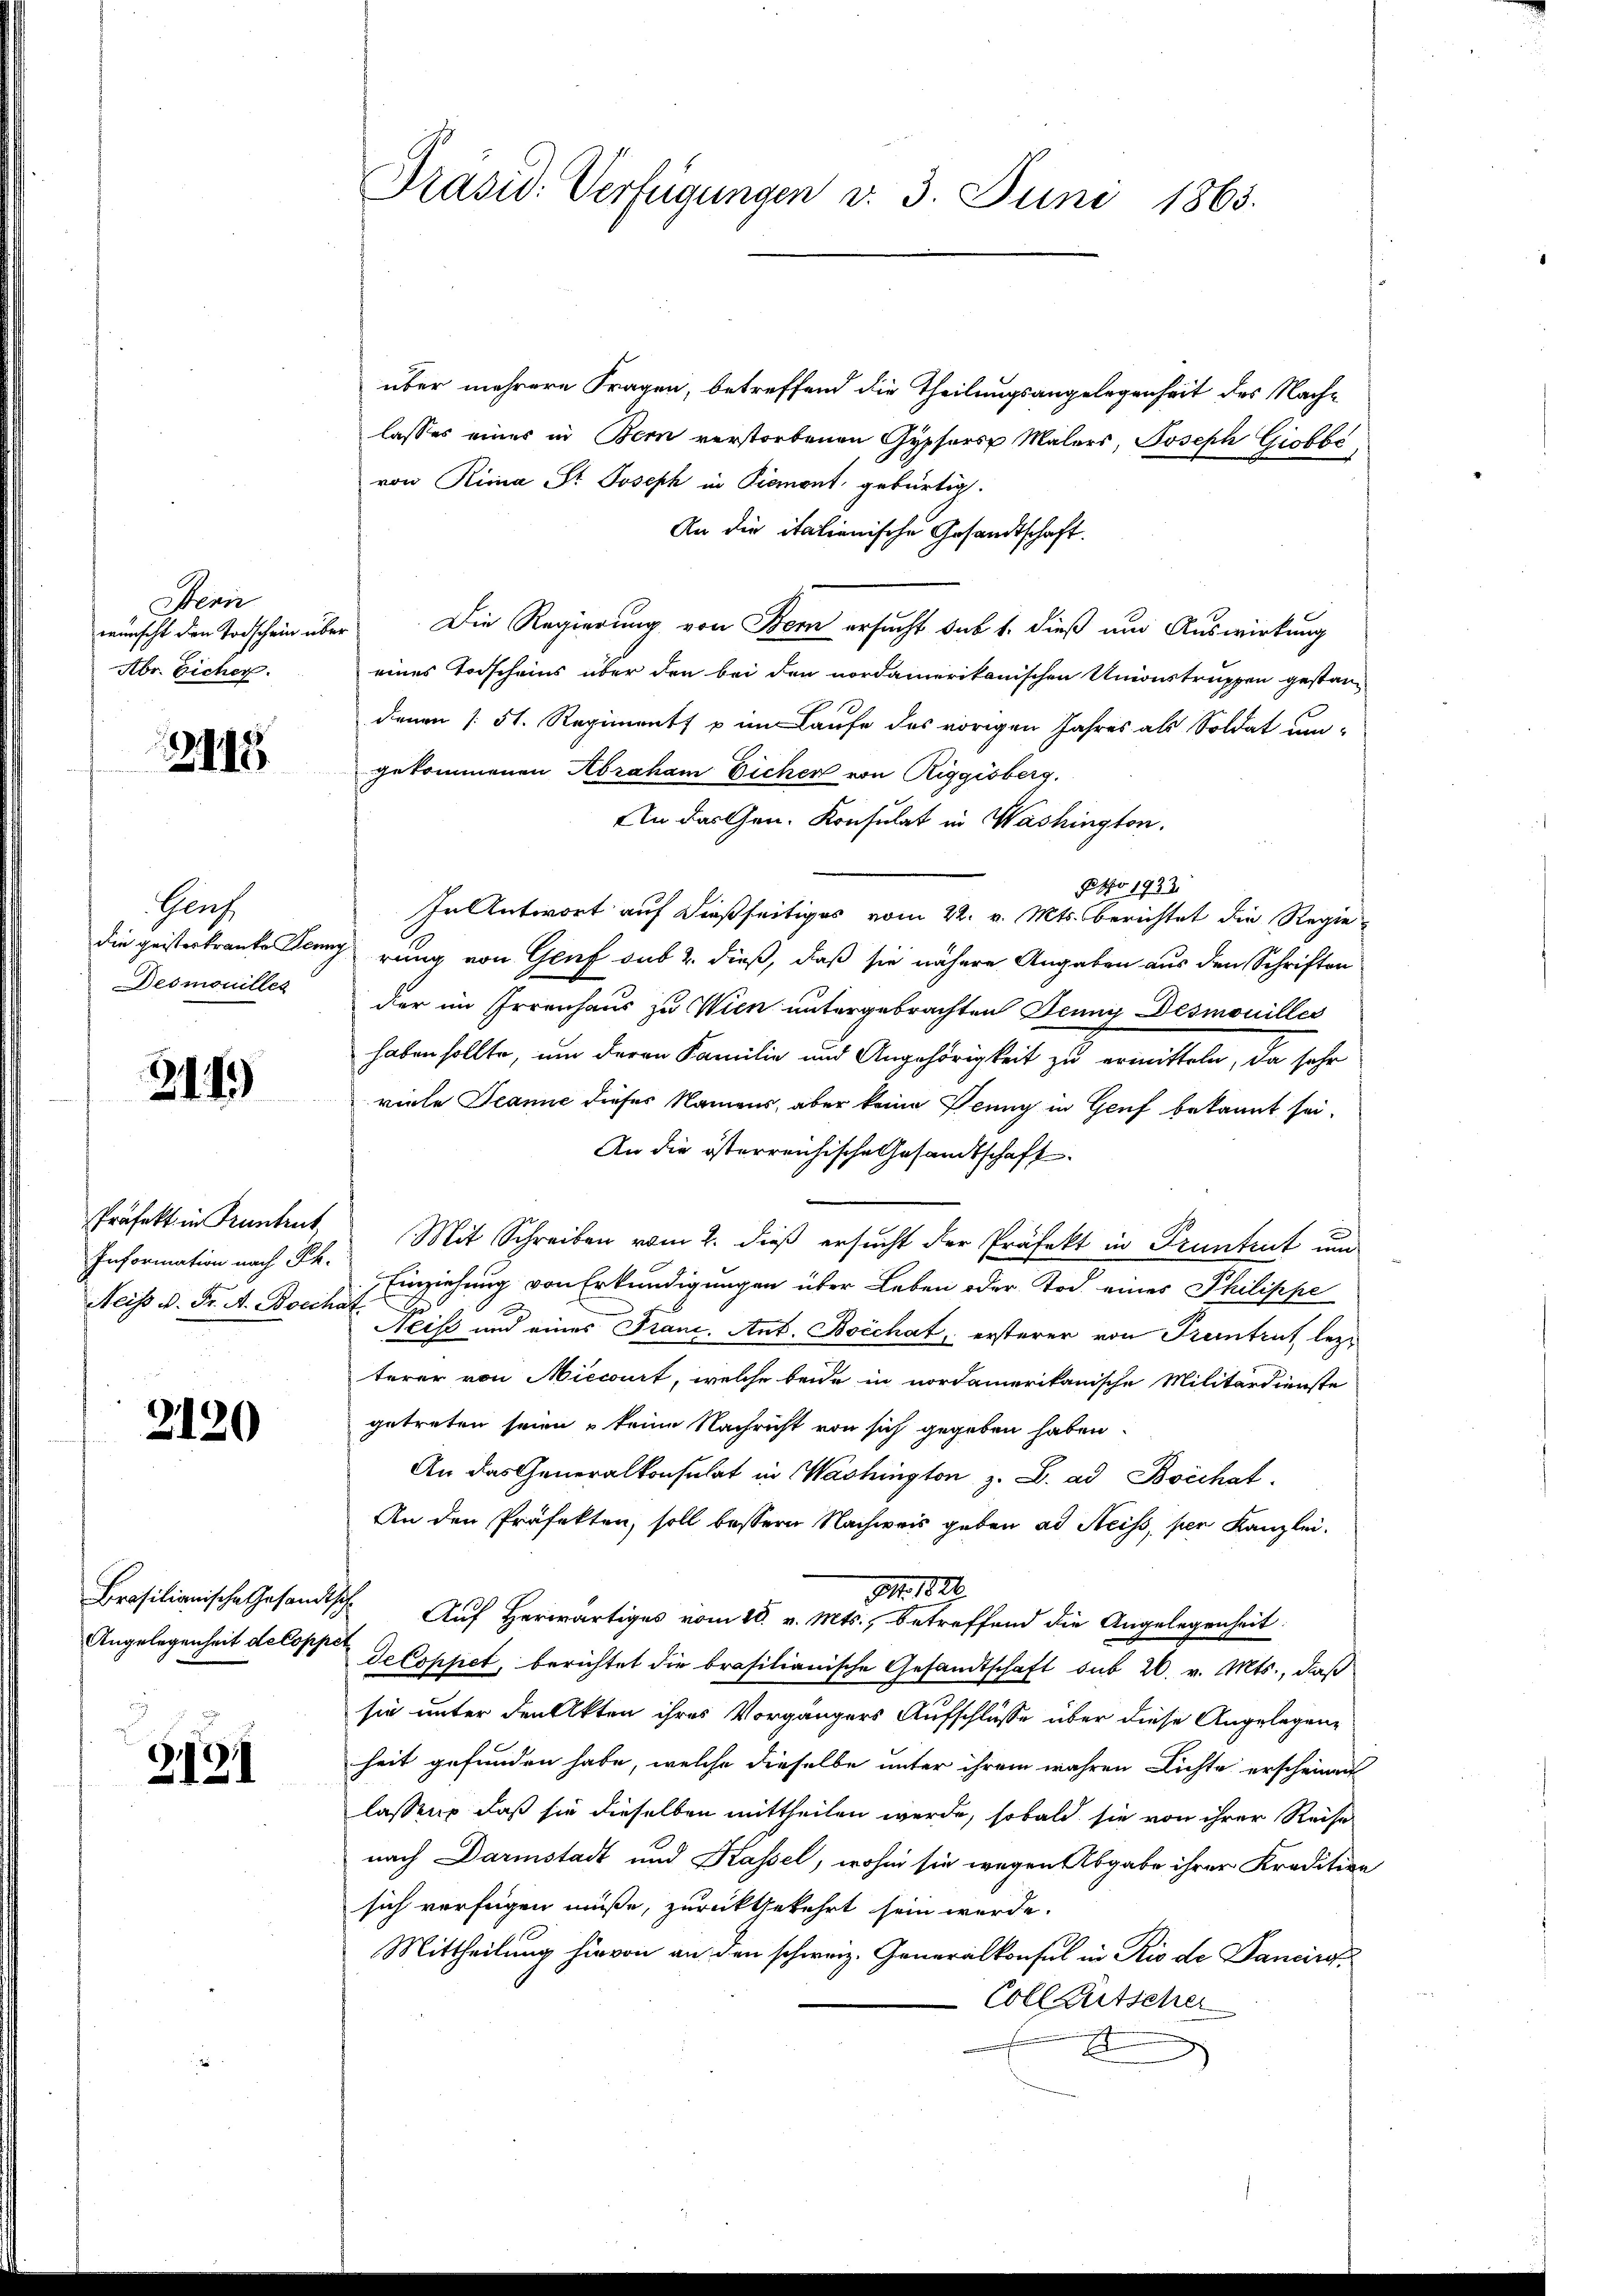
Dein
Abr. Eicher.

2118

Genz
Desmouilles

2115)

Neiss u. Fr. A. Boechat

2120

2131

über mehrere Fragen, betreffend die Theilungsangelegenheit des Nachlasses eines in Bern verstorbenen Gypfers Malers, Joseph Giobbe,
von Rina St. Joseph in Piemont gebürtig.
An die italienische Gesandtschaft.
wünscht den Todschein über Die Regierung von Bern ersucht sub 1. dieß aus Auswirkung
eines Todscheins über den bei den nordamerikanischen Unionstruppen gestandenen (51. Regiment u im Laufe des vorigen Jahres als Soldat um-
gekommenen Abraham Eicher von Riggisberg.
An das Gen. Konsulat in Washington.
Sepro 1933.
In Antwort auf dießseitiges vom 22. v. Mts. berichtet die Regie-
die geisterkranke Jenny rang von Genf sub 2. dieß, daß sie nähere Angaben aus den Schriften
der im Irrenhaus zu Wien untergebrachten Jenny Desmouilles
haben sollte, um deren Familie und Angehörigkeit zu ermitteln, da sehr
viele Jeanić dieses Namens, aber keine Peung in Genf bekannt sei.
An die österreichische Gesandtschaft
Präfekt in Truntrut Mit Schreiben vom 2. dieß ersucht der Präfekt in Prantent und
Information nach Sr. Einziehung von Erkundigungen über Leben oder Tod eines Philippe
Neiss und eines Tran. Ant. Bocchat, ersterer von Treintrut lezterer von Miccourt, welche beide in nordamerikanische Militärdienste
getreten seien - keine Nachricht von sich gegeben haben.
An das Generalkonsulat in Washington z. B. ad Boichat
An den Präfekten, soll bessern Nachweis geben ad Neiss, per Kanzlei.
91. 1881
Brasilianische Gesandts Auf Herr vom 18. v. Mts., betreffend die Angelegenheit
Angelegenheit decopp Gecoppet, berichtet die brasilianische Gesandtschaft sub 20. v. Mts., daß
sie unter den Akten ihres Vorgängers Aufschlüsse über diese Angelegen-
heit gefunden habe, welche dieselbe unter ihrem wahren Lichte erscheinen
lassen, daß sie dieselben mittheilen werde, sobald sie von ihrer Reise
nach Darmstadt und Kassel, wohin sie wegen Abgabe ihrer Kredition
sich verfügen müße, zurückgekehrt sein werde.
Mittheilung hievon an den schweiz. Generalkonsul in Rio de Pancir
Coll tütscher
E

Präsid. Verfügungen v. 3. Juni 1865.